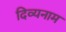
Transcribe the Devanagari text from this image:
दिव्यनाम